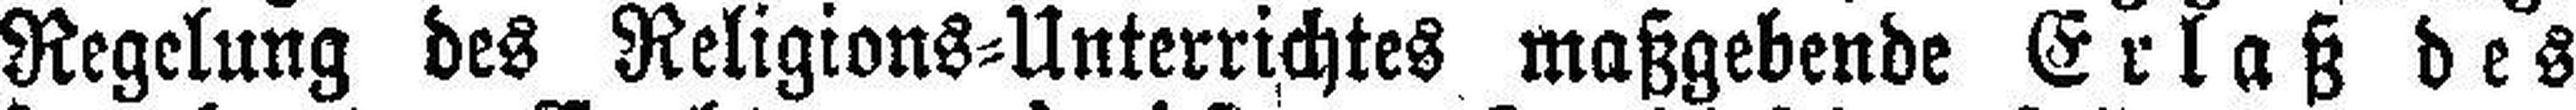
Regelung des Religions=Unterrichtes maßgebende Erlaß des